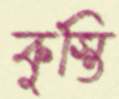
কুস্তি